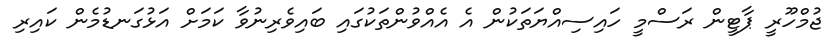
ޖުމްހޫރީ ޕާޓީން ރަސްމީ ހައިސިއްޔަތަކުން އެ އެއްވުންތަކުގައި ބައިވެރިނުވާ ކަމަށް އަޅުގަނޑުމެން ކައިރި